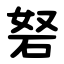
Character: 砮